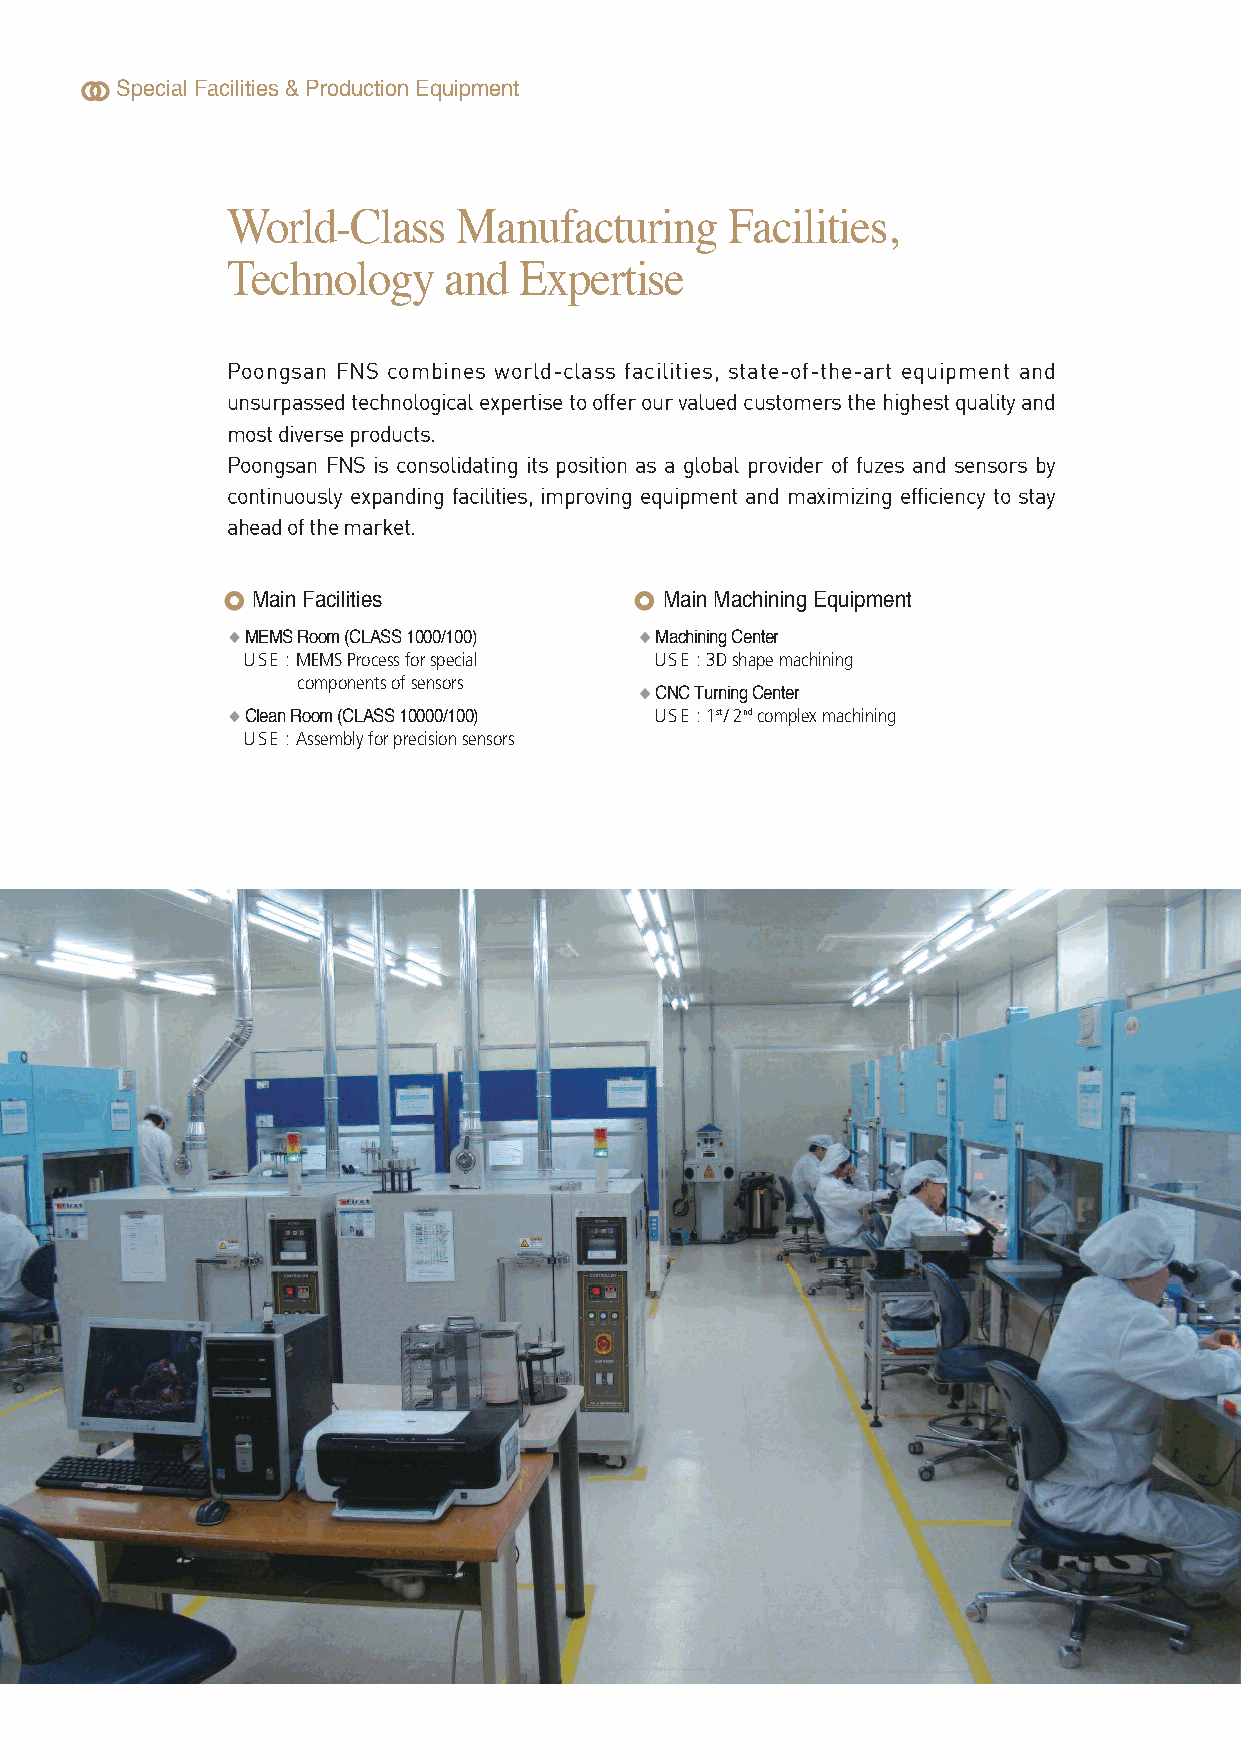
Special Facilities & Production Equipment
 World-Class    Manufacturing     Facilities,
 Technology    and  Expertise
 Poongsan FNS combines world-class facilities, state-of-the-art equipment and
 unsurpassed technological expertise to offer our valued customers the highest quality and
 most diverse products.
 Poongsan FNS is consolidating its position as a global provider of fuzes and sensors by
 continuously expanding facilities, improving equipment and maximizing efficiency to stay
 ahead of the market.
 Main Facilities            Main Machining Equipment
 MEMS Room (CLASS 1000/100) Machining Center
 USE : MEMS Process for special USE : 3D shape machining
 components of sensors
 CNC Turning Center
 Clean Room (CLASS 10000/100) USE : 1st / 2ndcomplex machining
 USE : Assembly for precision sensors